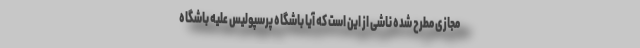
مجازی مطرح شده ناشی از این است که آیا باشگاه پرسپولیس علیه باشگاه